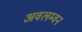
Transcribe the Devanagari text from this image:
अवलम्वन